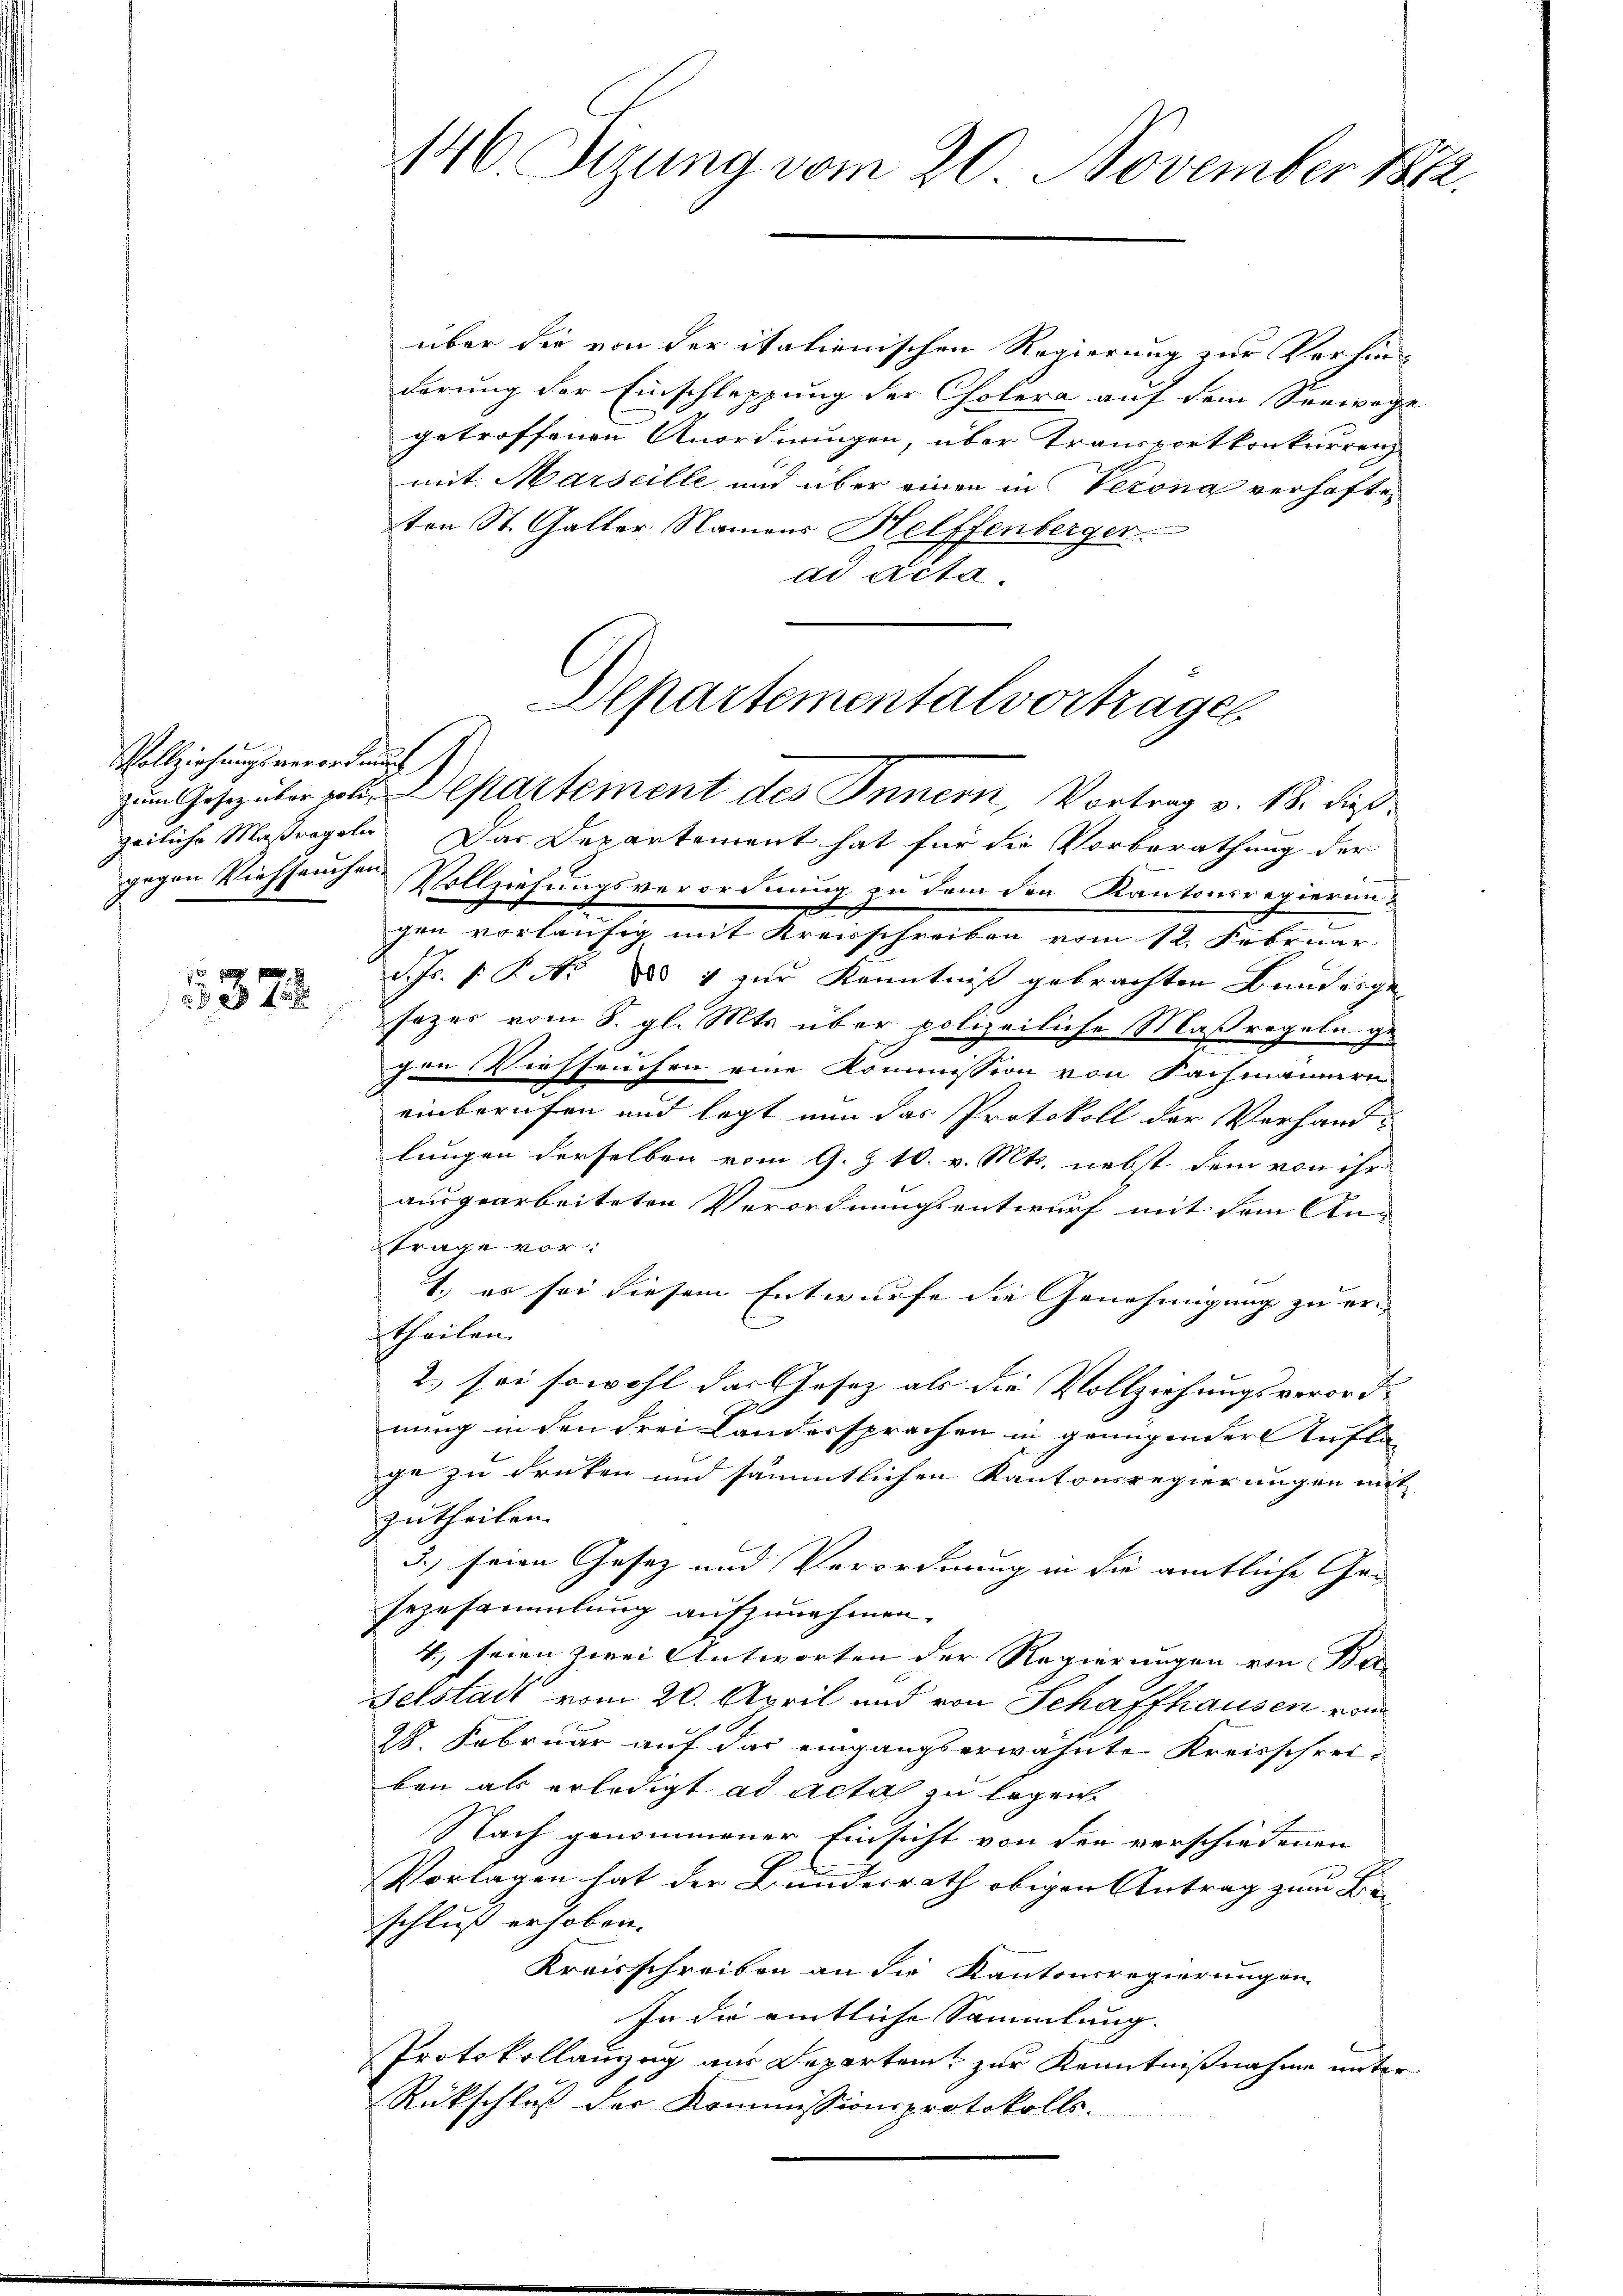
Vollziehungsverordnung

5372

146. Sizung vom 20. November 1882.

über die von der italienischen Regierung zur Verfünderung der Einschleppung der Cholera auf dem Seewege
getroffenen Anordnungen, über Transportkonkurrenz
mit Marseille und über einen in Verona verhaften
ten St. Galler Namens Helffenberger
ad Acta.

Departementalvorträgen
zum Geschüler polie Departement des Innern, Vortrag v. 18. dieß¬

zeiliche Maßregeln. Das Departement hat für die Vorberathung der
gegen Viehseuchen Vollziehungsverordnung zu dem den Kantonsregierun-
gen vorläufig mit Kreisschreiben vom 12. Februar
d. Js. v. P. Nr. 5 4 zur Kenntniß gebrachten Bundergesazer vom 8. gl. Mts. über polizeiliche Maßregeln gegen Viehseuchen eine Kommission von Fachmännern
einberufen und legt nun das Protokoll der Verhandlungen derselben vom 9. § 10. v. Mts. nebst dem von ihr
ausgearbeiteten Verordnungsentwurf mit dem An-
tracht vor
1., es sei diesem Entwurfe die Genehmigung zu er- |
theilen.
2.) sei sowohl das Gesetz als die Vollziehungsverord-
nung in den drei Landersprachen in genügender Verflä
ge zu drüken und sämmtlichen Kantonsregierungen mit
zutheilen.
5.) seine Gesez und Verordnung in die amtliche Gen
sezusammlung aufzunehmen.
4., seien zwei Antworten der Regierungen von Be¬
Gelstadt vom 20. April und von Schaffhausen von
28. Februar auf das eingangserwähnte Kreisschreiben als erledigt ad acta zu legen.
Nach genommener Einsicht von den verschiedenen
2
Vorlagen hat der Bundesrath obigen Antrag zum Beschluß erhoben.
Kraisschreiben an die Kantonsregierungen
In die amtliche Sammlung. |
Protokollanzug aus Departen zur Kenntnißnahme unter¬
Rückschluß der Kommissionsprotokolls.